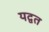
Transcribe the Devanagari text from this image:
यद्वत